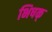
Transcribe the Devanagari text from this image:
भिषक्